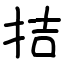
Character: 拮